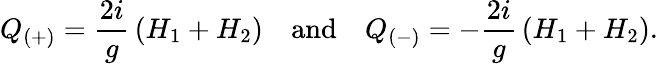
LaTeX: Q_{(+)}={\frac{2i}{g}}\, (H_{1}+H_{2})\quad\mathrm{and}\quad Q_{(-)}=-{\frac{2i}{g}}\, (H_{1}+H_{2}).